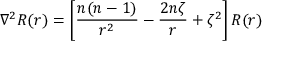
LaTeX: \nabla ^ { 2 } R ( r ) = \left[ { \frac { n ( n - 1 ) } { r ^ { 2 } } } - { \frac { 2 n \zeta } { r } } + \zeta ^ { 2 } \right] R ( r )